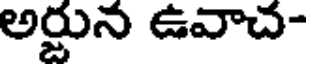
అర్జున ఉవాచ-